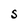
Character: S